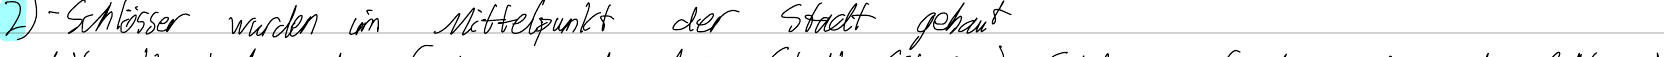
2) - Schlösser wurden im Mittelpunkt der Stadt gebaut